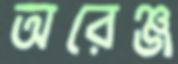
অরেঞ্জ